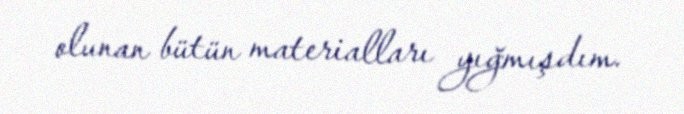
olunan bütün materialları yığmışdım.